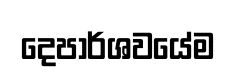
දෙපාර්ශවයේම